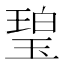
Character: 𤧥